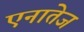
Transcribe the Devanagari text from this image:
एनातेज